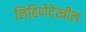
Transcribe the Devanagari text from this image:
लिहिणेदेखील